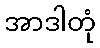
အာဒါတုံ